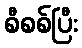
စီစစ်ပြီး